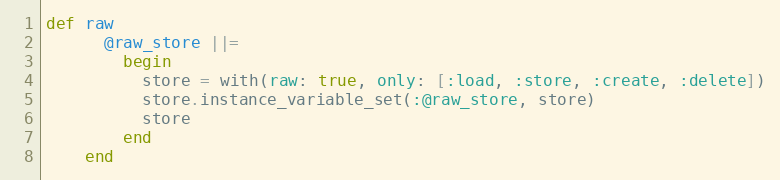
Language: Ruby
def raw
      @raw_store ||=
        begin
          store = with(raw: true, only: [:load, :store, :create, :delete])
          store.instance_variable_set(:@raw_store, store)
          store
        end
    end